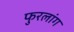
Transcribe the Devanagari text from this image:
फुरलांग